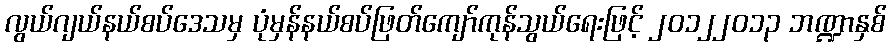
လွယ်ဂျယ်နယ်စပ်ဒေသမှ ပုံမှန်နယ်စပ်ဖြတ်ကျော်ကုန်သွယ်ရေးဖြင့် ၂၀၁၂၂၀၁၃ ဘဏ္ဍာနှစ်